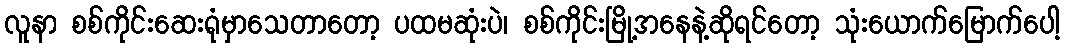
လူနာ စစ်ကိုင်းဆေးရုံမှာသေတာတော့ ပထမဆုံးပဲ၊ စစ်ကိုင်းမြို့အနေနဲ့ဆိုရင်တော့ သုံးယောက်မြောက်ပေါ့